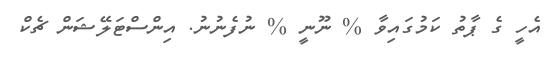
އެހީ ގެ ޕާތު ކަމުގައިވާ % ނޫނީ % ނުފެނުނު. އިންސްޓަލޭޝަން ޗެކް